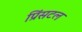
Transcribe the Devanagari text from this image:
प्रिंसटल